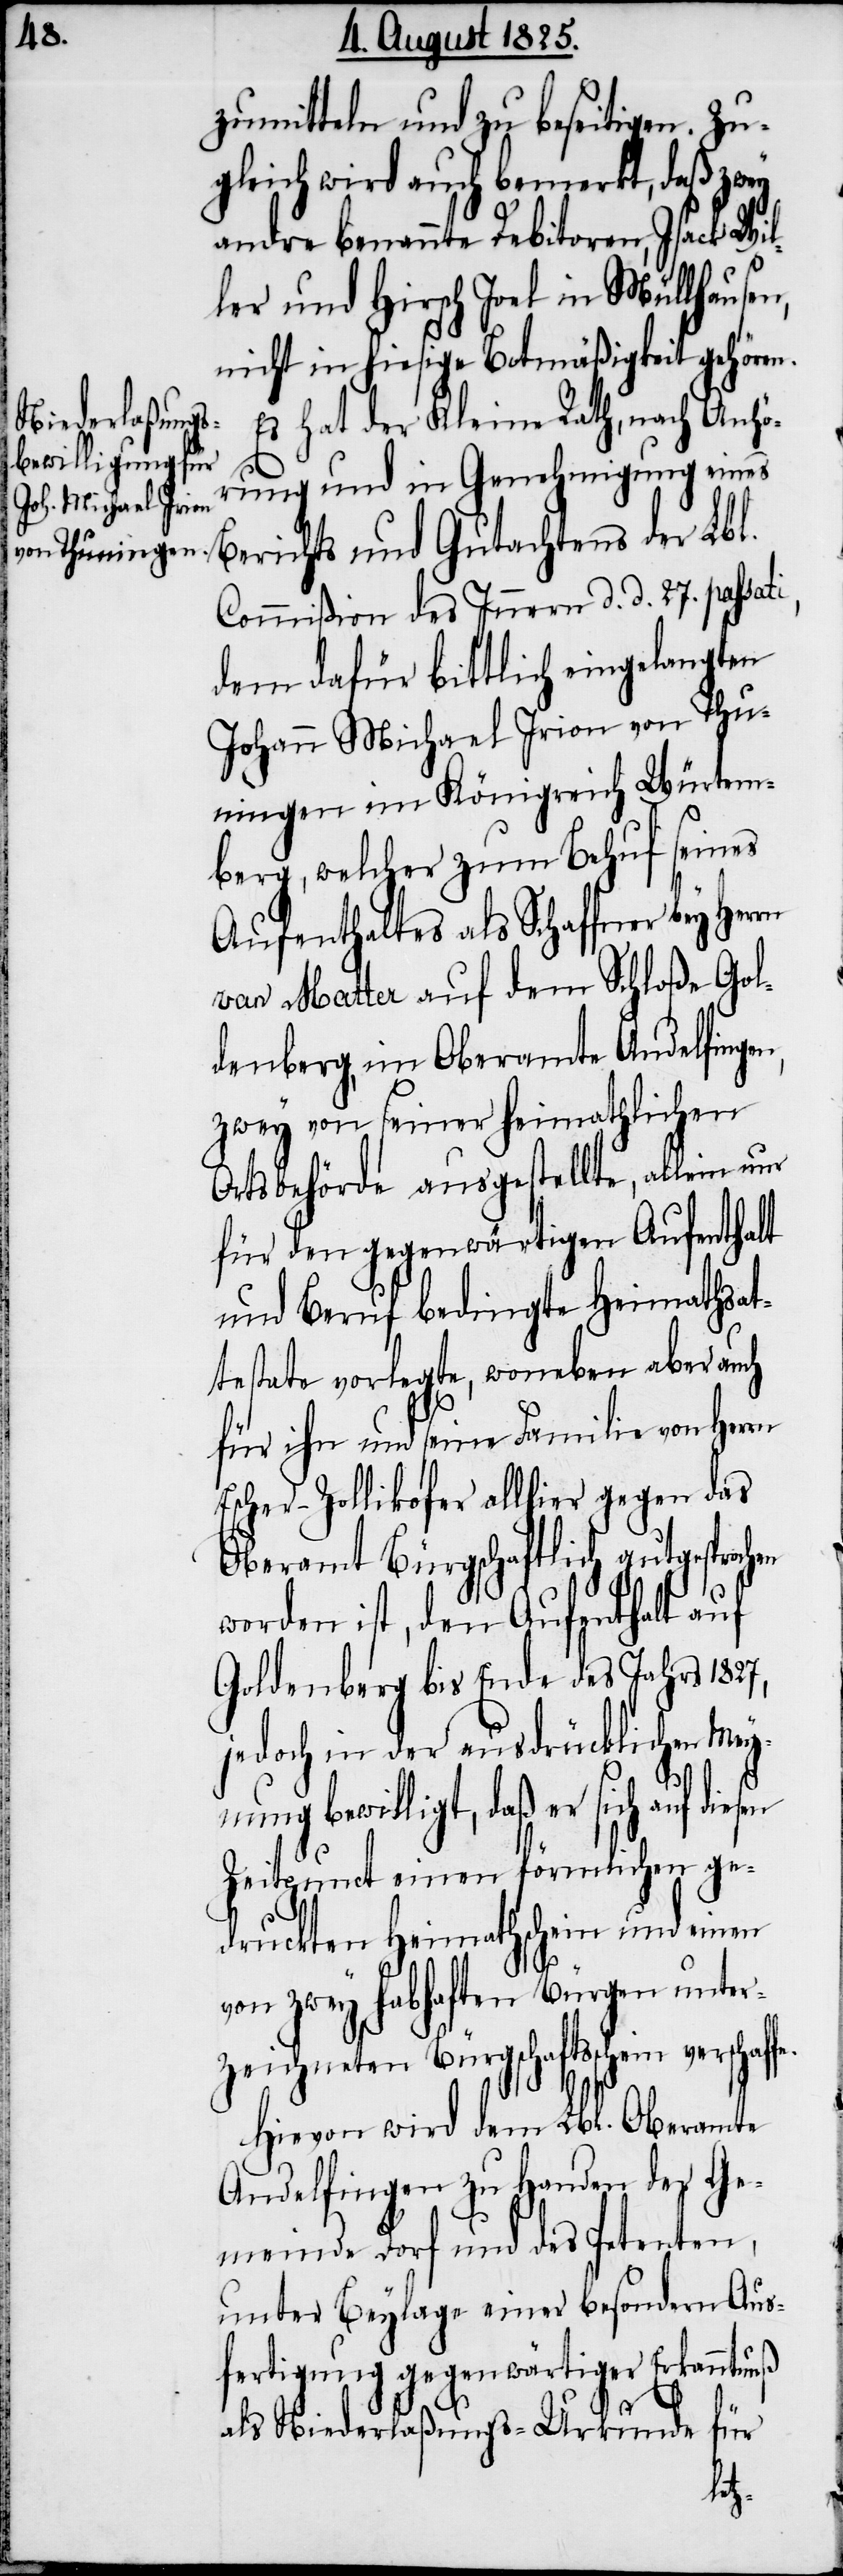
zumitteln und zu beseitigen. Zu¬
gleich wird auch bemerkt, daß zwey
andre benannt Debitoren, Isack Wil¬
ler und Hirsch Joel in Müllhausen,
nicht in hiesige Botmäßigkeit gehören.
Es hat der Kleine Rath, nach Anhö¬
rung und in Genehmigung eines
Berichts und Gutachtens der Lbl.
Commißion des Innern d. d. 27. passat¬
dem dafür bittlich eingelangten
Johann Michael Irion von Thu¬
ningen im Königreich Würtem¬
berg, welcher zum Behuf seines
Aufenthaltes als Schaffner bey
van Matter auf dem Schloße Gol¬
denberg, im Oberamte Andelfingen,
zwey von seiner heimathlichen
Ortsbehörde ausgestellte, allein nur
für den gegenwärtigen Aufenthalt
und Beruf bedingte Heimathsat¬
testate vorlegte, woneben aber auch
für ihn und seine Familie von Herrn
Escher-Zollikofer allhier gegen das
Oberamt bürgschaftlich gutgesprochen
worden ist, den Aufenthalt auf
Goldenberg bis Ende des Jahres 1827,
jedoch in der ausdrücklichen Mey¬
en
nung bewilligt, daß er sich auf dies¬
Zeitpunct einen förmlichen ge¬
druckten Heimathschein und einen
von zwey habhaften Bürgen unter¬
zeichneten Bürgschaftsschein
Hievon wird dem Lbl. Oberamte
Andelfingen zu Handen der Ge¬
meinde Dorf und des Petenten,
unter Beylage einer besondern Aus¬
fertigung gegenwärtiger Erkanntnuß
als Niederlaßungs-Urkunde für